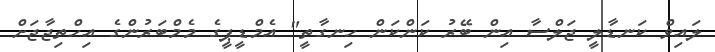
ލައިވް ކަނޑާލީ ޖަލްސާ އިން ބޭރު ކަންކަން ހިނގާތީ" އެމްޑީޕީގެ މެމްބަރުންގެ އިހްތިޖާޖަށް